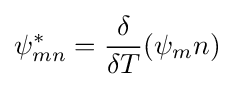
\psi _{mn}^{*}={\delta  \over \delta T}({\psi _{m}n})